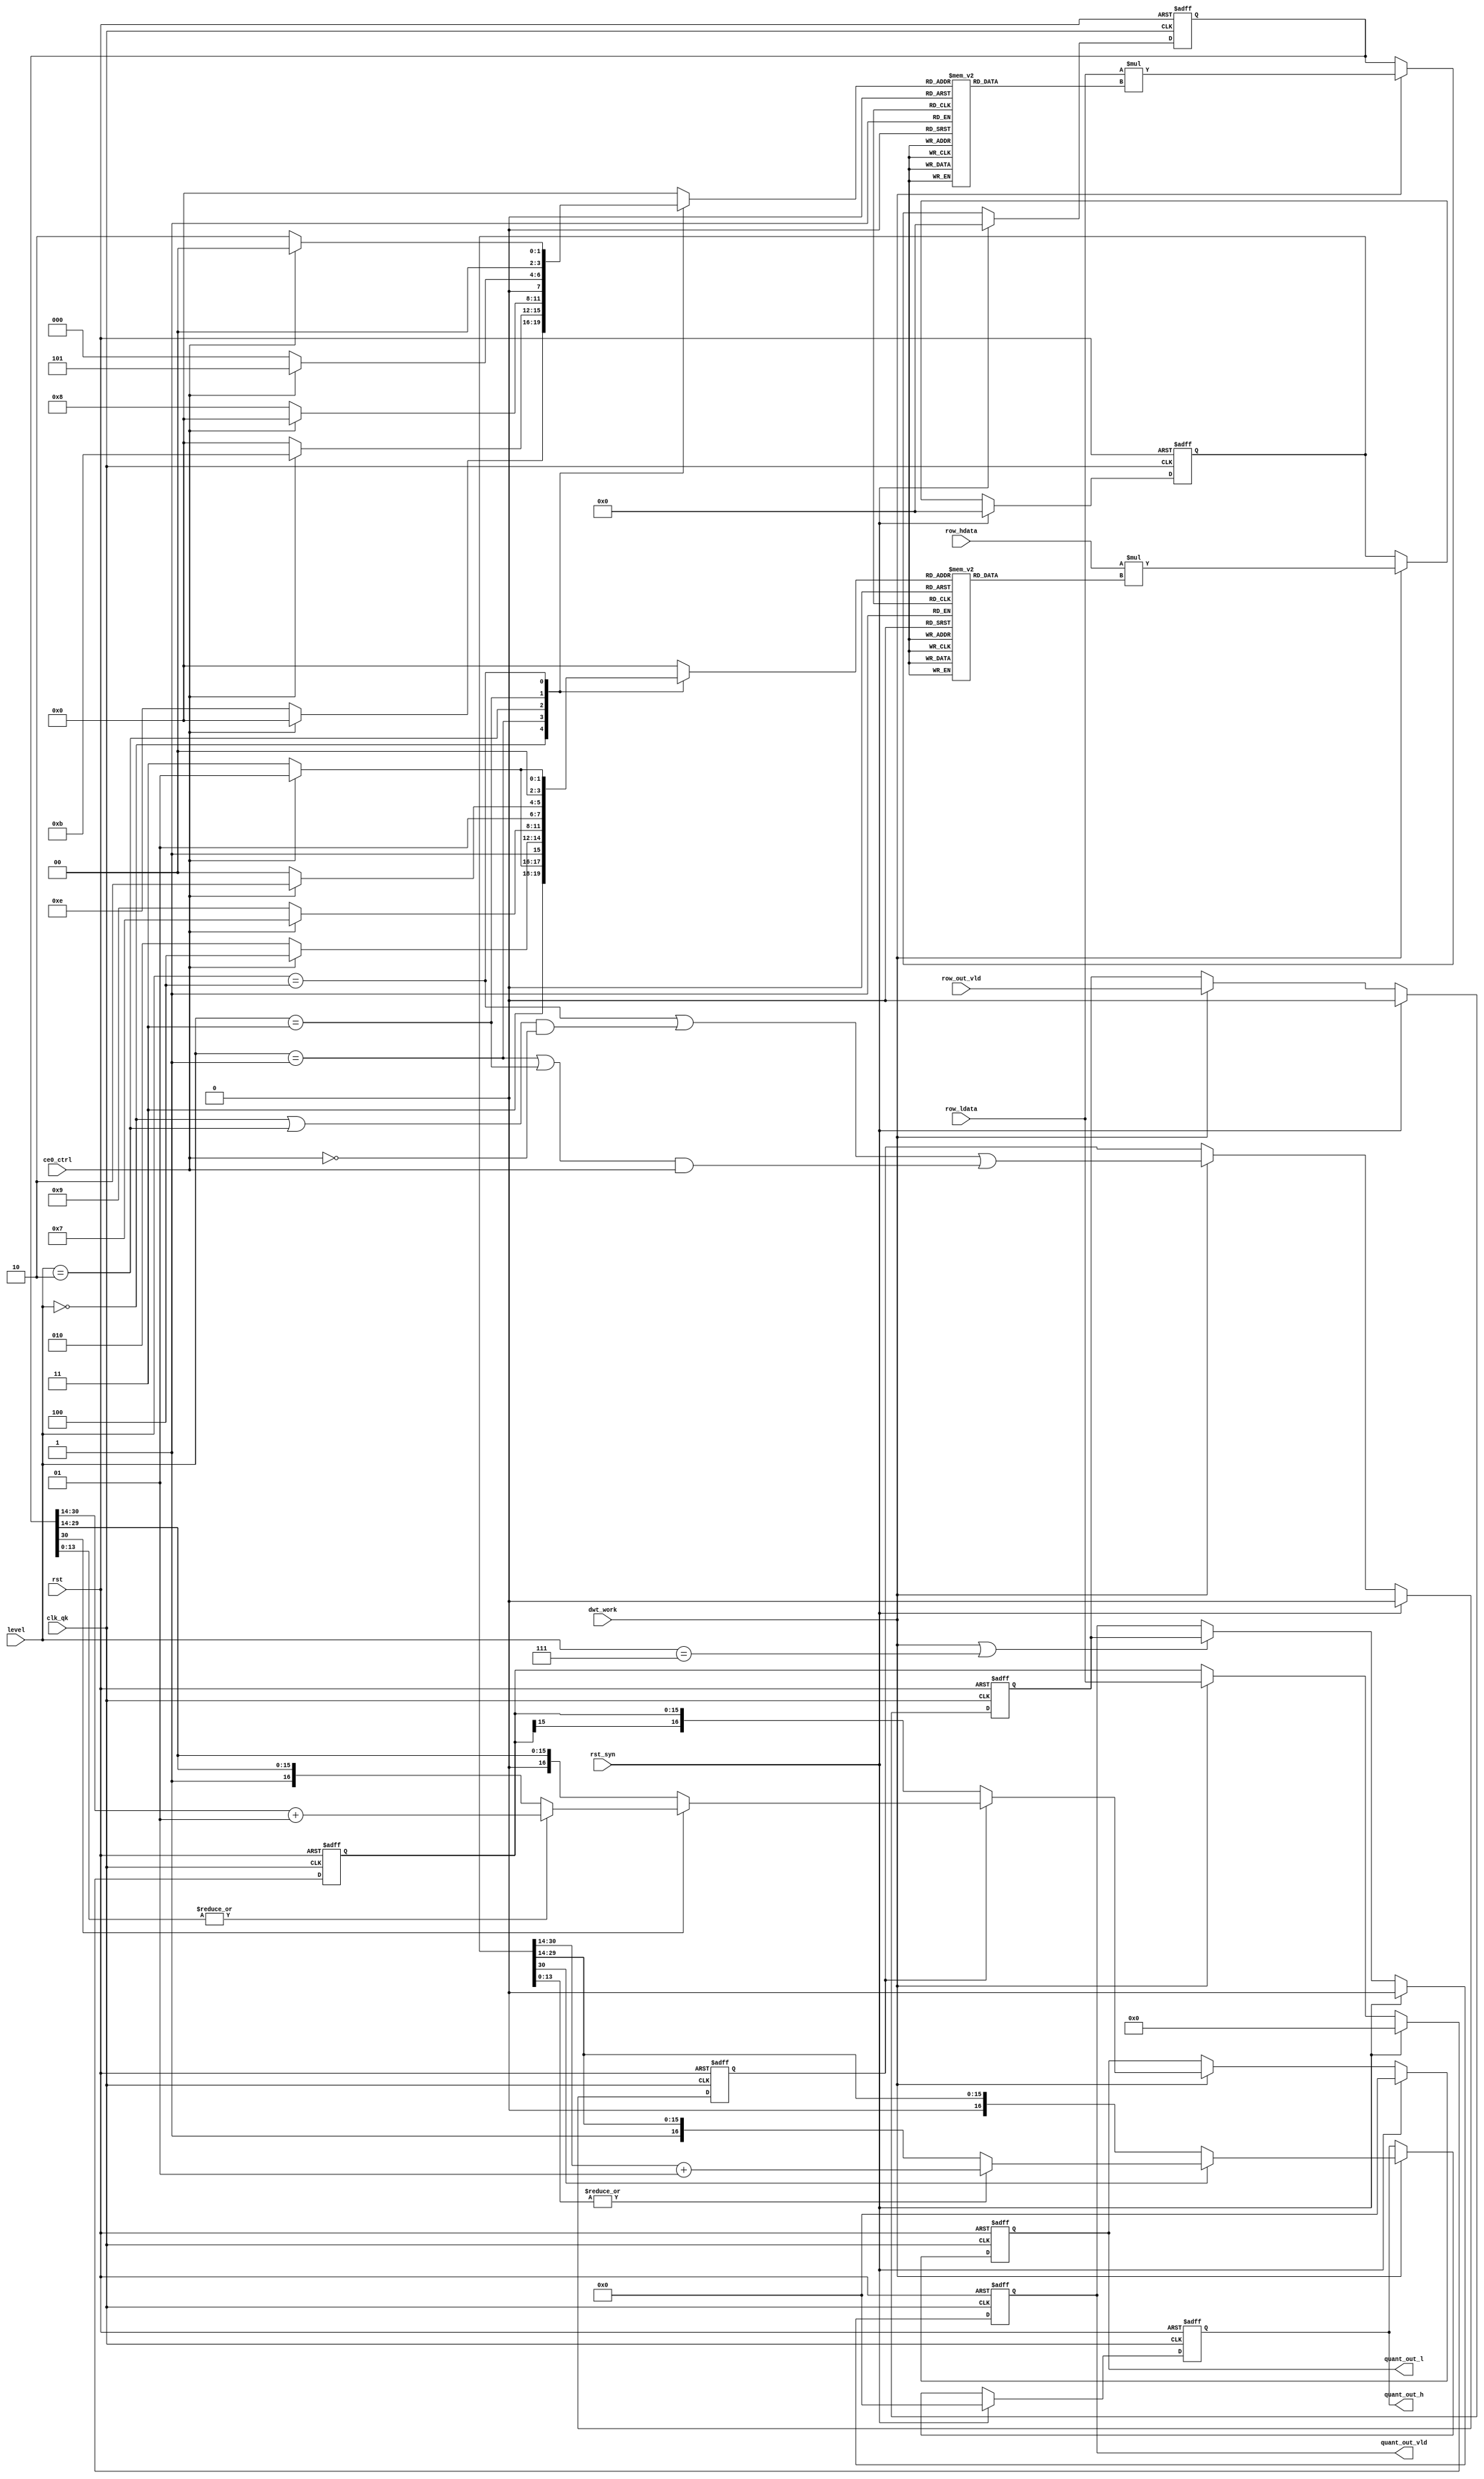
`timescale 1ns/10ps
module quant_circuit ( //output
                       quant_out_h,
					   quant_out_l,
					   quant_out_vld,
					   //input
					   row_ldata,
					   row_hdata,
					   row_out_vld,
					   dwt_work,
					   ce0_ctrl,
					   level,
					   clk_qk,
					   rst,
					   rst_syn);

input [15:0] row_ldata;
input [15:0] row_hdata;
input row_out_vld;
input dwt_work;
input [2:0] level;
input ce0_ctrl;
input clk_qk;
input rst;
input rst_syn;


output[16:0] quant_out_h;
output[16:0] quant_out_l;
output quant_out_vld;

reg[3:0] indic_mux_l;
reg[3:0] indic_mux_h;


always @(*) begin
  case(level)
    3'b000:   begin
	            if(ce0_ctrl==1'b1) begin
				  indic_mux_h = 4'b1101; //LH1
				  indic_mux_l =4'b0000;
				end
				else begin
				  indic_mux_l = 4'b1110;  //HL1
				  indic_mux_h = 4'b1111;  //HH1
				end
			  end
	3'b001:   begin
	            if(ce0_ctrl==1'b0) begin
				  indic_mux_h = 4'b1010;  //LH2
				  indic_mux_l =4'b0000;
				end
				else begin
				  indic_mux_l = 4'b1011;  //HL2
				  indic_mux_h = 4'b1100;  //HH2
				end
			  end
	3'b010:   begin
	            if(ce0_ctrl==1'b1) begin
				  indic_mux_h = 4'b0111;  //LH3
				  indic_mux_l =4'b0000;
				end
				else begin
				  indic_mux_l = 4'b1000;  //HL3
				  indic_mux_h = 4'b1001;  //HH3
				end
			  end
	3'b011:   begin
	            if(ce0_ctrl==1'b0) begin
				  indic_mux_h = 4'b0100;  //LH4
				  indic_mux_l =4'b0000;
				end
				else begin
				  indic_mux_l = 4'b0101;  //HL4
				  indic_mux_h = 4'b0110;  //HH4
				end
			  end
	3'b100:   begin
	            if(ce0_ctrl==1'b1) begin
				  indic_mux_l = 4'b0000;  //LL5
				  indic_mux_h = 4'b0001;  //LH5
				end
				else begin
				  indic_mux_l = 4'b0010;  //HL5
				  indic_mux_h = 4'b0011;  //HH5
				end
			  end 
	default:  begin
	            indic_mux_l = 4'b0000;
				indic_mux_h = 4'b0000;
			  end
   endcase
end

parameter 
          mux_in1=20'b01000011111110111100,     //278460   LL5
          mux_in2=20'b01000100101100100010,     //281378   LH5
          mux_in3=20'b01000100101100100010,     //281378   HL5
          mux_in4=20'b01000101100100100011,     //284963   HH5
          mux_in5=20'b00100010001010110011,     //139955   LH4
          mux_in6=20'b00100010001010110011,     //139955   HL4
          mux_in7=20'b00100010011010111001,     //140985   HH4
          mux_in8=20'b00010000101111000100,     //68548    LH3
          mux_in9=20'b00010000101111000100,     //68548    HL3
          mux_in10=20'b00010000101001000101,    //68165    HH3
          mux_in11=20'b00000111111111010000,    //32720    LH2
          mux_in12=20'b00000111111111010000,    //32720    HL2
          mux_in13=20'b00000111101111010011,    //31699    HH2
          mux_in14=20'b00000100000010111000,    //16568    LH1
          mux_in15=20'b00000100000010111000,    //16568    HL1
          mux_in16=20'b00000100001010010111;    //17047    HH1
		  
reg[19:0] mux_out_l;
reg[19:0] mux_out_h;

always@(*) begin
  case(indic_mux_l)
          4'b0000:mux_out_l=mux_in1;
          4'b0001:mux_out_l=mux_in2;
          4'b0010:mux_out_l=mux_in3;
          4'b0011:mux_out_l=mux_in4;
          4'b0100:mux_out_l=mux_in5;
          4'b0101:mux_out_l=mux_in6;
          4'b0110:mux_out_l=mux_in7;
          4'b0111:mux_out_l=mux_in8;
          4'b1000:mux_out_l=mux_in9;
          4'b1001:mux_out_l=mux_in10;
          4'b1010:mux_out_l=mux_in11;
          4'b1011:mux_out_l=mux_in12;
          4'b1100:mux_out_l=mux_in13;
          4'b1101:mux_out_l=mux_in14;
          4'b1110:mux_out_l=mux_in15;
          4'b1111:mux_out_l=mux_in16;
  endcase  
end

always@(*) begin
  case(indic_mux_h)
          4'b0000:mux_out_h=mux_in1;
          4'b0001:mux_out_h=mux_in2;
          4'b0010:mux_out_h=mux_in3;
          4'b0011:mux_out_h=mux_in4;
          4'b0100:mux_out_h=mux_in5;
          4'b0101:mux_out_h=mux_in6;
          4'b0110:mux_out_h=mux_in7;
          4'b0111:mux_out_h=mux_in8;
          4'b1000:mux_out_h=mux_in9;
          4'b1001:mux_out_h=mux_in10;
          4'b1010:mux_out_h=mux_in11;
          4'b1011:mux_out_h=mux_in12;
          4'b1100:mux_out_h=mux_in13;
          4'b1101:mux_out_h=mux_in14;
          4'b1110:mux_out_h=mux_in15;
          4'b1111:mux_out_h=mux_in16;
  endcase  
end

//////////////////////////////////////////////////////////////////////////////
///////////////////////////////////////////////////////////////////////////////

wire cal_vld;
assign cal_vld = ((level == 3'b100)||(((level==3'b000)||(level==3'b010))&&(ce0_ctrl==1'b0))||(((level==3'b001)||(level==3'b011))&&(ce0_ctrl==1'b1)));

reg cal_vld_reg;

always @(posedge clk_qk or negedge rst) begin
  if(!rst)
    cal_vld_reg <= 1'b0;
  else if(rst_syn)
	cal_vld_reg <= 1'b0;
  else if(dwt_work==1'b1)
    cal_vld_reg <= cal_vld;
end

wire signed [35:0] mul_out_l;
assign mul_out_l= $signed(row_ldata)*$signed(mux_out_l);


reg[35:0] mul_out_l_reg_vld;

always @(posedge clk_qk or negedge rst) begin
  if(!rst)
    mul_out_l_reg_vld <= 36'b0;
  else if(rst_syn)
	mul_out_l_reg_vld <= 36'b0;	
  else if(dwt_work==1'b1)
    mul_out_l_reg_vld <= mul_out_l;
end



reg[15:0] mul_out_l_reg_unvld;

always @(posedge clk_qk or negedge rst) begin
  if(!rst)
    mul_out_l_reg_unvld <= 16'b0;
  else if(rst_syn)
	mul_out_l_reg_unvld <= 16'b0;
  else if(dwt_work==1'b1)
    mul_out_l_reg_unvld <= row_ldata;
end


reg[16:0] quant_out_l;

always @(posedge clk_qk or negedge rst) begin
  if(!rst)
    quant_out_l <= 17'b0;
  else if(rst_syn)
	 quant_out_l <= 17'b0;
  else if(dwt_work==1'b1) begin
            if(cal_vld_reg) begin
              if(mul_out_l_reg_vld[30]==1'b0) begin
			     quant_out_l <= $signed(mul_out_l_reg_vld[30:14]);
			  end
			  else begin
			    if((|mul_out_l_reg_vld[13:0])==1'b1) begin
				 quant_out_l <= $signed(mul_out_l_reg_vld[30:14])+$signed(2'b01);
				end
				else begin
			     quant_out_l <= $signed(mul_out_l_reg_vld[30:14]);
			    end
			  end
            end 
            else begin
              quant_out_l <= $signed(mul_out_l_reg_unvld);
            end
  end
end
//////////////////////////////////////////////////////////////////////////////////
///////////////////////////////////////////////////////////////////////////////////

wire signed [35:0] mul_out_h;
assign mul_out_h= $signed(row_hdata)*$signed(mux_out_h);


reg[35:0] mul_out_h_reg;

always @(posedge clk_qk or negedge rst) begin
  if(!rst)
    mul_out_h_reg <= 36'b0;
  else if(rst_syn)
    mul_out_h_reg <= 36'b0;	
  else if(dwt_work==1'b1)
    mul_out_h_reg <= mul_out_h;
end 
 

 
reg[16:0] quant_out_h;

always @(posedge clk_qk or negedge rst) begin
  if(!rst)
    quant_out_h <= 17'b0;
  else if(rst_syn)
    quant_out_h <= 17'b0;	
  else if(dwt_work==1'b1) begin
          if(mul_out_h_reg[30]==1'b0) begin
             quant_out_h <= $signed(mul_out_h_reg[30:14]) ;
		  end
		  else begin
		    if((|mul_out_h_reg[13:0])==1'b1) begin
		     quant_out_h <= $signed(mul_out_h_reg[30:14])+$signed(2'b01);
			end
			else begin
			 quant_out_h <= $signed(mul_out_h_reg[30:14]);
			end
		  end 
  end
end

/////////////////////////////////////////////////////////////////////////////
/////////////////////////////////////////////////////////////////////////////////

reg row_out_vld_reg;

always @(posedge clk_qk or negedge rst) begin
  if(!rst)
    row_out_vld_reg <= 1'b0;
  else if(rst_syn)
    row_out_vld_reg <= 1'b0;	
  else if(dwt_work==1'b1)
    row_out_vld_reg <= row_out_vld;
end		  

reg quant_out_vld;

always @(posedge clk_qk or negedge rst) begin
  if(!rst)
    quant_out_vld <= 16'b0;
  else if(rst_syn)
     quant_out_vld <= 16'b0;
  else if(dwt_work==1'b1||(level==3'b111))
    quant_out_vld <= row_out_vld_reg;
end	

endmodule